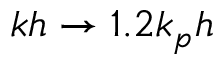
k h \rightarrow 1 . 2 k _ { p } h